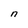
Character: n